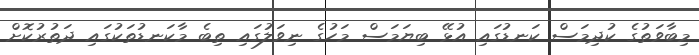
މިބާވަތުގެ ކުދިމަސް ކަނޑުގައި އުޅޭ ބިޔަމަސް މަހުގެ ނިވަލުގައި ތިބެ މާކަނޑުތަކުގައި ދަތުރުކޮށް